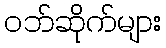
ဝဘ်ဆိုက်များ